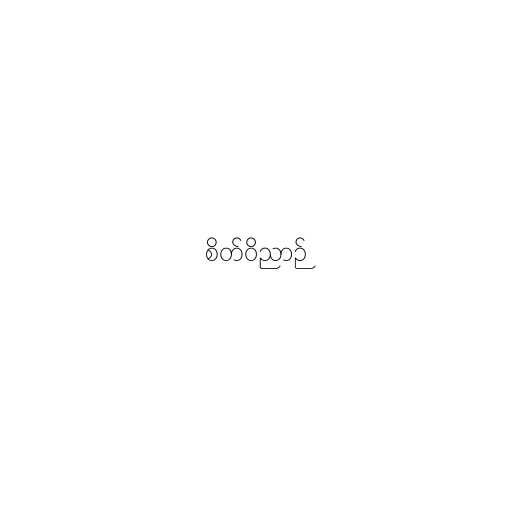
စိတ်ဝိညာဉ်